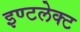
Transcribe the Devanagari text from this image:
इण्टलेक्ट